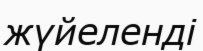
жүйеленді